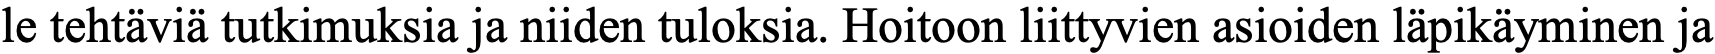
le tehtäviä tutkimuksia ja niiden tuloksia. Hoitoon liittyvien asioiden läpikäyminen ja